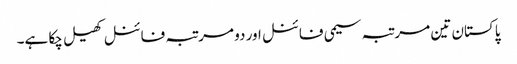
پاکستان تین مرتبہ سیمی فائنل اور دو مرتبہ فائنل کھیل چکا ہے۔